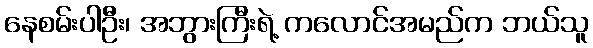
နေစမ်းပါဦး၊ အဘွားကြီးရဲ့ ကလောင်အမည်က ဘယ်သူ